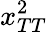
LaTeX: x_{TT}^{2}